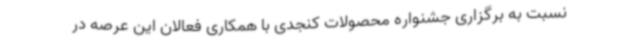
نسبت به برگزاری جشنواره محصولات کنجدی با همکاری فعالان این عرصه در